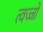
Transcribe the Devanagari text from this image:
त्वज्जो